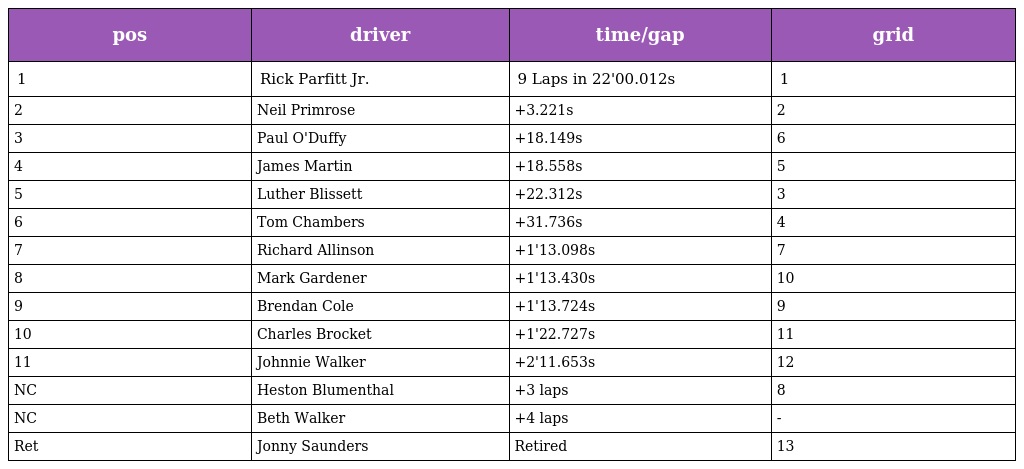
| pos | driver | time/gap | grid |
 | --- | --- | --- | --- |
 | 1 | Rick Parfitt Jr. | 9 Laps in 22'00.012s | 1 |
 | 2 | Neil Primrose | +3.221s | 2 |
 | 3 | Paul O'Duffy | +18.149s | 6 |
 | 4 | James Martin | +18.558s | 5 |
 | 5 | Luther Blissett | +22.312s | 3 |
 | 6 | Tom Chambers | +31.736s | 4 |
 | 7 | Richard Allinson | +1'13.098s | 7 |
 | 8 | Mark Gardener | +1'13.430s | 10 |
 | 9 | Brendan Cole | +1'13.724s | 9 |
 | 10 | Charles Brocket | +1'22.727s | 11 |
 | 11 | Johnnie Walker | +2'11.653s | 12 |
 | NC | Heston Blumenthal | +3 laps | 8 |
 | NC | Beth Walker | +4 laps | - |
 | Ret | Jonny Saunders | Retired | 13 |